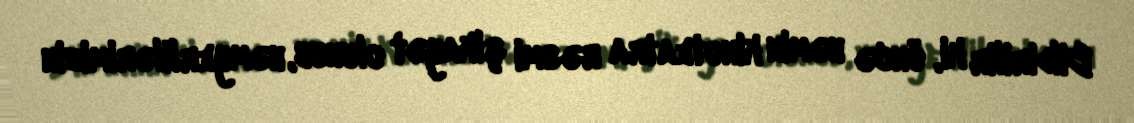
Bildirilir ki, öncə həmin kinoteatra rəsmi şikayət olunub, həmyerlilərimizin